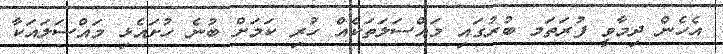
އެހެން ދިމާވީ ފުރަތަަމ ބުރުގައި މައްސަލަތަކެއް ހުރި ކަމަށް ބުނެ ހުށައެޅި މައްސަލައަކާ